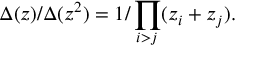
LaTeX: \Delta ( z ) / \Delta ( z ^ { 2 } ) = 1 / \prod _ { i > j } ( z _ { i } + z _ { j } ) .